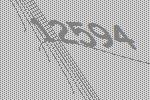
12594